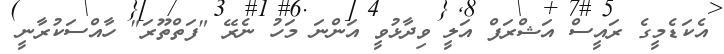
އެކަޑެމީގެ ރައީސް އަޝްރަފް އަލީ ވިދާޅުވީ އަންނަ މަހު ނެރޭ "ފަތްތޫރަ" ހާއްސަކުރާނީ